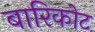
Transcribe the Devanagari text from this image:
बारिकोट